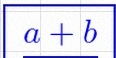
\frac{a+b}{c+d}